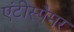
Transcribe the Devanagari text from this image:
एंटीस्पैमर